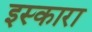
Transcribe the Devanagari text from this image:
इस्कारा